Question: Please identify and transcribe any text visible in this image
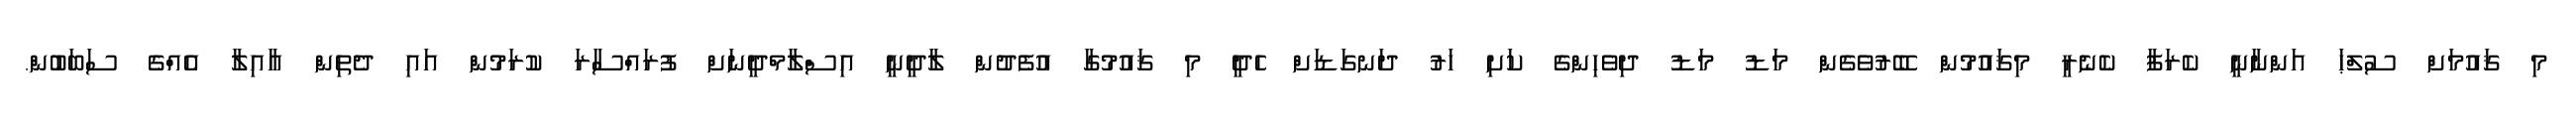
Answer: މި ޤައުމަށް ސުލްޙަ އަންނާނީ ކެރަފާ ކެނެރީ މިޤައުމުން ބޭރުވެގެން މަޑު މަޑު ދިވެހިންގެ ކަށި ހަރު ދަނގަޑަށް ހެދީ މި ޤައުމުގާ އުފެދުން ލާދީނީ އިސްލާމްދީނަށް ފުރައްސާރަ ކުރަމުން އައި ދެތިން އާއިލާ އެއްގެ ސަބަބުން.